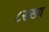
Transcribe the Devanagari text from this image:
८सख्य